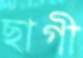
ছাগী